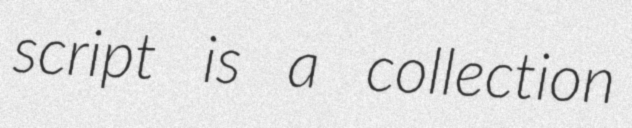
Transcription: script is a collection